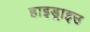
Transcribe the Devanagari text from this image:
हाइड्राइउ